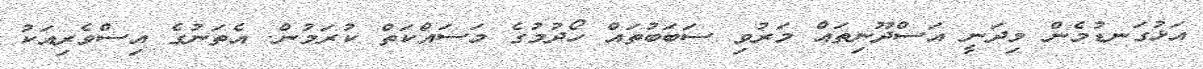
އަޅުގަނޑުމެން މިދަނީ އަސްދޫނިތައް މަރުވި ސަބަބުތައް ހޯދުމުގެ މަސައްކަތް ކުރަމުން. އެތަނުގެ އިސްވެރިއަކު